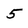
Character: 5